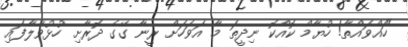
"ހައްވައްތާ! ހުޔާމް ކޮއްކޮ ނިދީތަ މާ އަވަހަށް ރީނާ ގޭގެ ދޮރާށި ހުޅުވާލާފައި